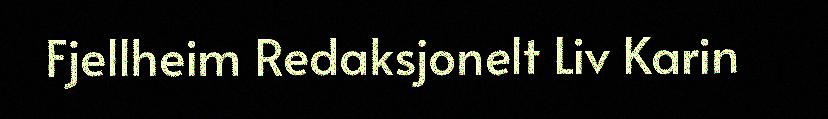
Fjellheim Redaksjonelt Liv Karin